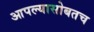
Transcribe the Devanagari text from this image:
आपल्यासोबतच